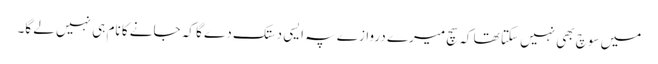
میں سوچ بھی نہیں سکتا تھا کہ سچ میرے دروازے پہ ایسی دستک دے گا کہ جانے کا نام ہی نہیں لے گا۔